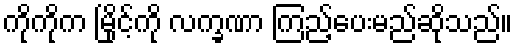
ကိုကိုက မြိုင့်ကို လက္ခဏာ ကြည့်ပေးမည်ဆိုသည်။